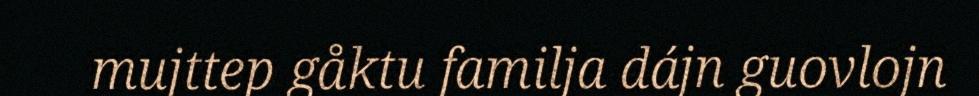
mujttep gåktu familja dájn guovlojn